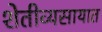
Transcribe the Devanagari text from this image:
शेतीव्यसायात